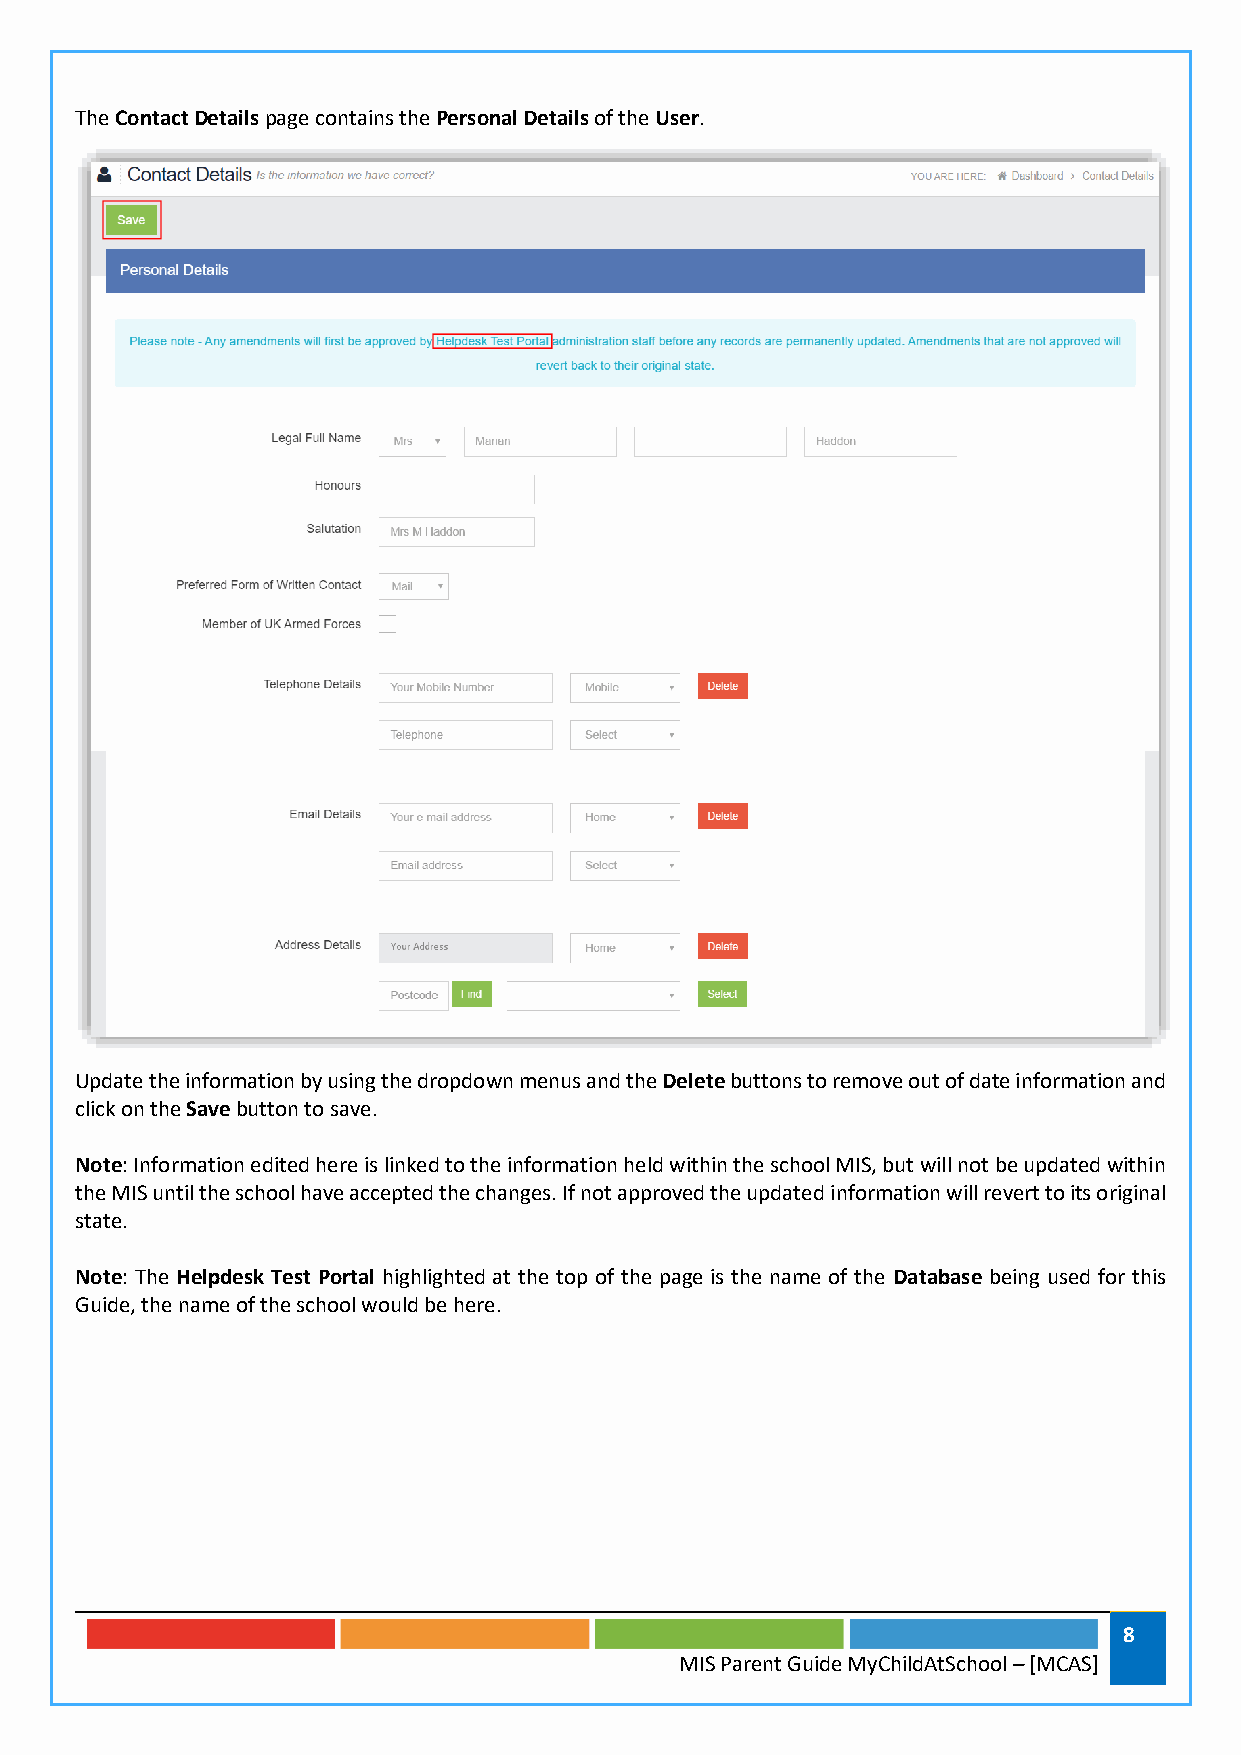
The Contact Details page contains the Personal Details of the User.
 Update the information by using the dropdown menus and the Delete buttons to remove out of date information and
 click on the Save button to save.
 Note: Information edited here is linked to the information held within the school MIS, but will not be updated within
 the MIS until the school have accepted the changes. If not approved the updated information will revert to its original
 state.
 Note: The Helpdesk Test Portal highlighted at the top of the page is the name of the Database being used for this
 Guide, the name of the school would be here.
 8
 MIS Parent Guide MyChildAtSchool – [MCAS]